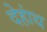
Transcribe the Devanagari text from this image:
देहांथ